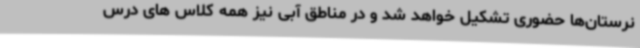
نرستان‌ها حضوری تشکیل خواهد شد و در مناطق آبی نیز همه کلاس های درس